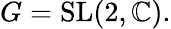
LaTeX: G={\mathrm{SL}}(2,\mathbb{C}).